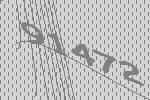
91472